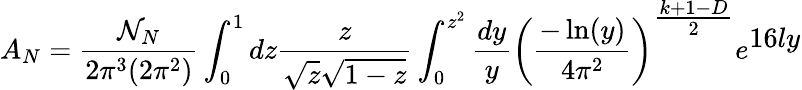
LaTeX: A_{N}=\frac{{\cal N}_{N}}{2\pi^{3}(2\pi^{2})}\int_{0}^{1}dz\frac{z}{\sqrt{z}\sqrt{1-z}}\int_{0}^{z^{2}}\frac{dy}{y}\left(\frac{-\ln(y)}{4\pi^{2}}\right)^{{\textstyle{\frac{k+1-D}{2}}}}e^{{\textstyle 16ly}}